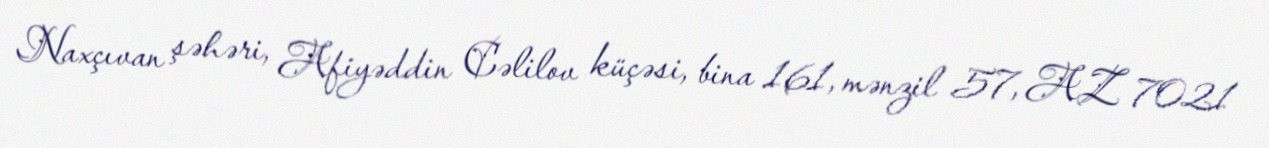
Naxçıvan şəhəri, Afiyəddin Cəlilov küçəsi, bina 161, mənzil 57, AZ 7021